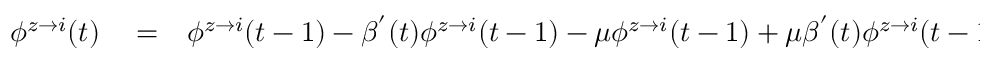
\begin{array} { r l r } { \phi ^ { z \rightarrow i } ( t ) } & { { } = } & { \phi ^ { z \rightarrow i } ( t - 1 ) - \beta ^ { ' } ( t ) \phi ^ { z \rightarrow i } ( t - 1 ) - \mu \phi ^ { z \rightarrow i } ( t - 1 ) + \mu \beta ^ { ' } ( t ) \phi ^ { z \rightarrow i } ( t - 1 ) + P _ { S } ^ { z \rightarrow i } ( t - 1 ) - P _ { S } ^ { z \rightarrow i } ( t ) } \end{array}